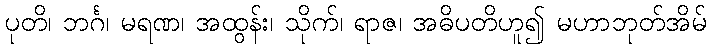
ပုတိ၊ ဘင်္ဂ၊ မရဏ၊ အထွန်း၊ သိုက်၊ ရာဇ၊ အဓိပတိဟူ၍ မဟာဘုတ်အိမ်